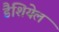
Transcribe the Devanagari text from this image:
डैशियेल